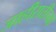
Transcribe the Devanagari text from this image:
जाहीरातीच्या